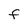
Character: F